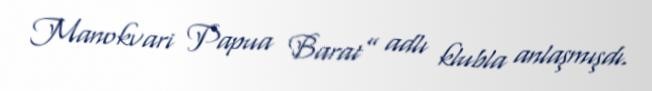
Manokvari Papua Barat” adlı klubla anlaşmışdı.